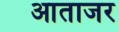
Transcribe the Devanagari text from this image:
आताजर